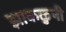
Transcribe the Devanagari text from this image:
झाकळुनी